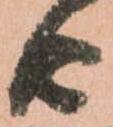
由